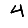
Digit: 4